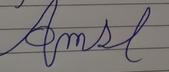
Signature authenticity: forged